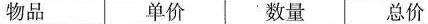
物品 数量 总价